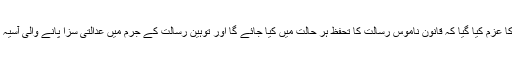
علماء و مشائخ کنونشن میں اس بات کا عزم کیا گیا کہ قانون ناموس رسالتۖ کا تحفظ ہر حالت میں کیا جائے گا اور توہین رسالتۖ کے جرم میں عدالتی سزا پانے والی آسیہ پر بھی فوراً سزا کا اطلاق کیا جائے۔